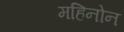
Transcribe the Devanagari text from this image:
महिनोन